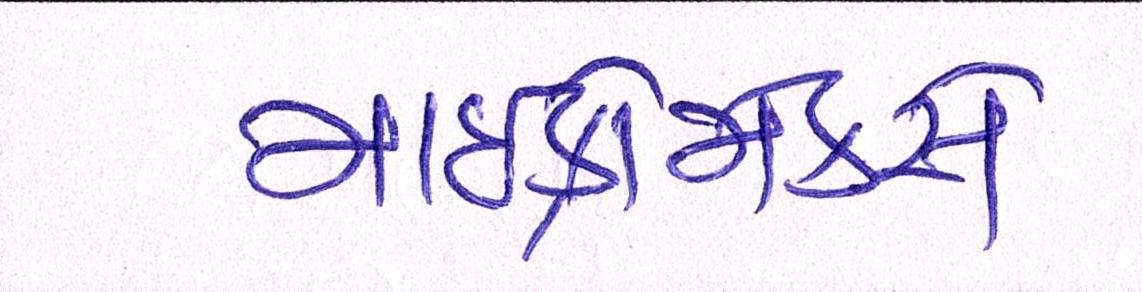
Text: માઈક્રોમેક્સે